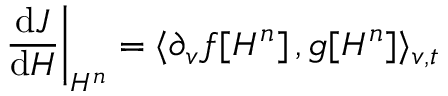
\left. \frac { \mathrm { d } J } { \mathrm { d } H } \right| _ { H ^ { n } } = \langle \partial _ { v } f [ H ^ { n } ] \, , g [ H ^ { n } ] \rangle _ { v , t }